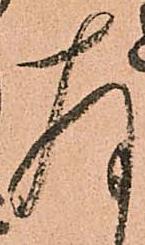
存